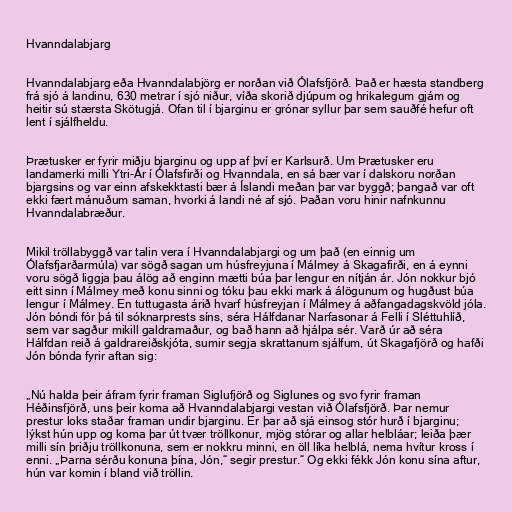
Hvanndalabjarg

Hvanndalabjarg eða Hvanndalabjörg er norðan við Ólafsfjörð. Það er hæsta standberg
frá sjó á landinu, 630 metrar í sjó niður, víða skorið djúpum og hrikalegum gjám og
heitir sú stærsta Skötugjá. Ofan til í bjarginu er grónar syllur þar sem sauðfé hefur oft
lent í sjálfheldu.

Þrætusker er fyrir miðju bjarginu og upp af því er Karlsurð. Um Þrætusker eru
landamerki milli Ytri-Ár í Ólafsfirði og Hvanndala, en sá bær var í dalskoru norðan
bjargsins og var einn afskekktasti bær á Íslandi meðan þar var byggð; þangað var oft
ekki fært mánuðum saman, hvorki á landi né af sjó. Þaðan voru hinir nafnkunnu
Hvanndalabræður.

Mikil tröllabyggð var talin vera í Hvanndalabjargi og um það (en einnig um
Ólafsfjarðarmúla) var sögð sagan um húsfreyjuna í Málmey á Skagafirði, en á eynni
voru sögð liggja þau álög að enginn mætti búa þar lengur en nítján ár. Jón nokkur bjó
eitt sinn í Málmey með konu sinni og tóku þau ekki mark á álögunum og hugðust búa
lengur í Málmey. En tuttugasta árið hvarf húsfreyjan í Málmey á aðfangadagskvöld jóla.
Jón bóndi fór þá til sóknarprests síns, séra Hálfdanar Narfasonar á Felli í Sléttuhlíð,
sem var sagður mikill galdramaður, og bað hann að hjálpa sér. Varð úr að séra
Hálfdan reið á galdrareiðskjóta, sumir segja skrattanum sjálfum, út Skagafjörð og hafði
Jón bónda fyrir aftan sig:

„Nú halda þeir áfram fyrir framan Siglufjörð og Siglunes og svo fyrir framan
Héðinsfjörð, uns þeir koma að Hvanndalabjargi vestan við Ólafsfjörð. Þar nemur
prestur loks staðar framan undir bjarginu. Er þar að sjá einsog stór hurð í bjarginu;
lýkst hún upp og koma þar út tvær tröllkonur, mjög stórar og allar helbláar; leiða þær
milli sín þriðju tröllkonuna, sem er nokkru minni, en öll líka helblá, nema hvítur kross í
enni. „Þarna sérðu konuna þína, Jón,“ segir prestur.“ Og ekki fékk Jón konu sína aftur,
hún var komin í bland við tröllin.